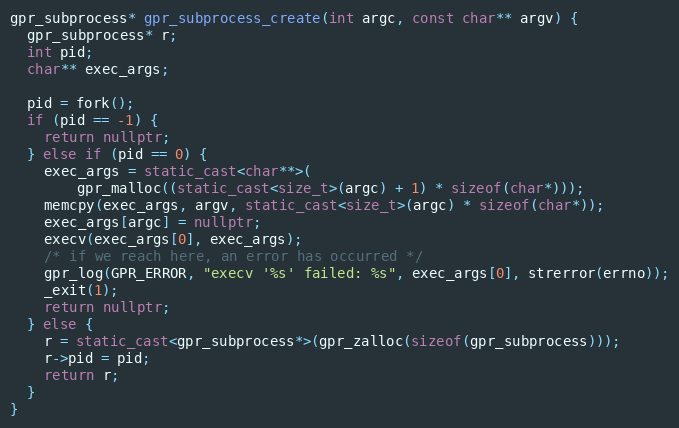
Language: C++
gpr_subprocess* gpr_subprocess_create(int argc, const char** argv) {
  gpr_subprocess* r;
  int pid;
  char** exec_args;

  pid = fork();
  if (pid == -1) {
    return nullptr;
  } else if (pid == 0) {
    exec_args = static_cast<char**>(
        gpr_malloc((static_cast<size_t>(argc) + 1) * sizeof(char*)));
    memcpy(exec_args, argv, static_cast<size_t>(argc) * sizeof(char*));
    exec_args[argc] = nullptr;
    execv(exec_args[0], exec_args);
    /* if we reach here, an error has occurred */
    gpr_log(GPR_ERROR, "execv '%s' failed: %s", exec_args[0], strerror(errno));
    _exit(1);
    return nullptr;
  } else {
    r = static_cast<gpr_subprocess*>(gpr_zalloc(sizeof(gpr_subprocess)));
    r->pid = pid;
    return r;
  }
}